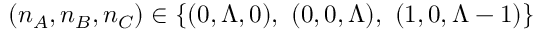
( n _ { A } , n _ { B } , n _ { C } ) \in \{ ( 0 , \Lambda , 0 ) , ~ ( 0 , 0 , \Lambda ) , ~ ( 1 , 0 , \Lambda - 1 ) \}